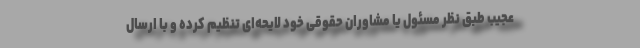
عجیب طبق نظر مسئول یا مشاوران حقوقی خود لایحه‌ای تنظیم کرده و با ارسال